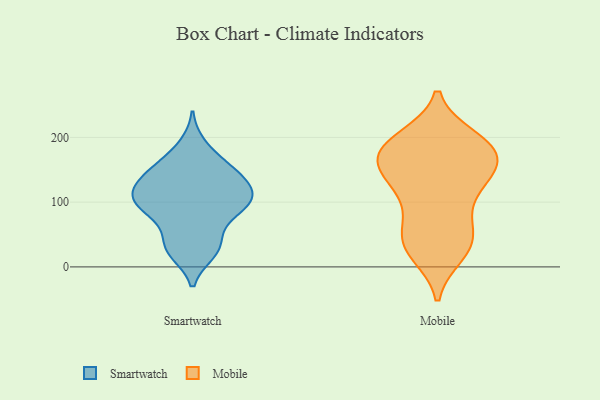
{"axis": {"x": "Shipments", "y": "Value"}, "legend": ["Mobile", "Smartwatch"], "data": [{"x": "", "y": 76, "type": "Smartwatch"}, {"x": "", "y": 22, "type": "Smartwatch"}, {"x": "", "y": 101, "type": "Smartwatch"}, {"x": "", "y": 27, "type": "Smartwatch"}, {"x": "", "y": 97, "type": "Smartwatch"}, {"x": "", "y": 29, "type": "Smartwatch"}, {"x": "", "y": 122, "type": "Smartwatch"}, {"x": "", "y": 123, "type": "Smartwatch"}, {"x": "", "y": 149, "type": "Smartwatch"}, {"x": "", "y": 100, "type": "Smartwatch"}, {"x": "", "y": 122, "type": "Smartwatch"}, {"x": "", "y": 135, "type": "Smartwatch"}, {"x": "", "y": 155, "type": "Smartwatch"}, {"x": "", "y": 95, "type": "Smartwatch"}, {"x": "", "y": 188, "type": "Smartwatch"}, {"x": "", "y": 94, "type": "Smartwatch"}, {"x": "", "y": 156, "type": "Smartwatch"}, {"x": "", "y": 49, "type": "Smartwatch"}, {"x": "", "y": 180, "type": "Mobile"}, {"x": "", "y": 126, "type": "Mobile"}, {"x": "", "y": 28, "type": "Mobile"}, {"x": "", "y": 87, "type": "Mobile"}, {"x": "", "y": 162, "type": "Mobile"}, {"x": "", "y": 34, "type": "Mobile"}, {"x": "", "y": 70, "type": "Mobile"}, {"x": "", "y": 159, "type": "Mobile"}, {"x": "", "y": 137, "type": "Mobile"}, {"x": "", "y": 47, "type": "Mobile"}, {"x": "", "y": 189, "type": "Mobile"}, {"x": "", "y": 195, "type": "Mobile"}, {"x": "", "y": 198, "type": "Mobile"}, {"x": "", "y": 185, "type": "Mobile"}, {"x": "", "y": 21, "type": "Mobile"}, {"x": "", "y": 39, "type": "Mobile"}, {"x": "", "y": 170, "type": "Mobile"}, {"x": "", "y": 125, "type": "Mobile"}, {"x": "", "y": 172, "type": "Mobile"}, {"x": "", "y": 132, "type": "Mobile"}]}